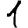
Digit: 1